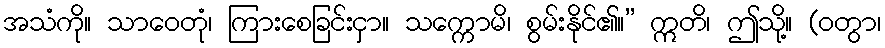
အသံကို။ သာဝေတုံ၊ ကြားစေခြင်းငှာ။ သက္ကောမိ၊ စွမ်းနိုင်၏။” ဣတိ၊ ဤသို့။ (ဝတွာ၊